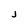
Character: J